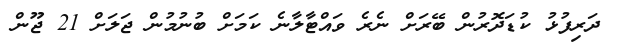
ދަރިފުޅު ކުޑަދޮރުން ބޭރަށް ނެރެ ވައްޓާލާނެ ކަމަށް ބުނުމުން ޖަލަށް 21 ޖޫން